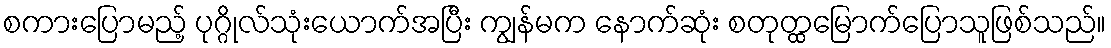
စကားပြောမည့် ပုဂ္ဂိုလ်သုံးယောက်အပြီး ကျွန်မက နောက်ဆုံး စတုတ္ထမြောက်ပြောသူဖြစ်သည်။